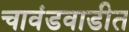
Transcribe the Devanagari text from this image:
चावंडवाडीत